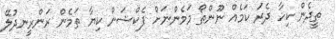
ތީދެން ކިހާ ދެރަ ކަމެއް ނޫންތޯ މަމެންނަށް ފެކްޝަން ކިޔާ ތަމެން ރަންރީނދުލޭ